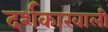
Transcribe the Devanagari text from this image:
दर्शकाखाली